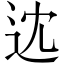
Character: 𨑻